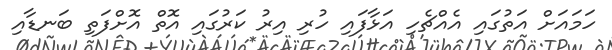
ހަމައަށް އަތުގައި އެއްޗެހި އަޅާފައި ހުރި އިރު ކަރުގައި އޮތް އޮށްފަތި ބަނޑާއި